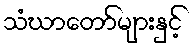
သံဃာတော်များနှင့်